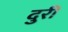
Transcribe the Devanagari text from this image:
दुरीं